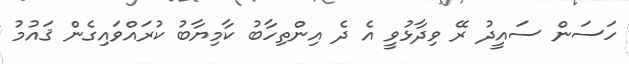
ހަސަން ސައީދު ރޭ ވިދާޅުވީ އެ ދެ އިންތިހާބު ކާމިޔާބު ކުރައްވައިގެން ޤައުމު